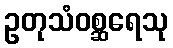
ဥတုသံဝစ္ဆရေသု